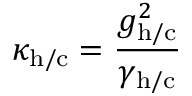
\kappa _ { \mathrm { h / c } } = \frac { g _ { \mathrm { h / c } } ^ { 2 } } { \gamma _ { \mathrm { h / c } } }